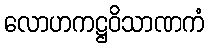
လောဟကဋ္ဌဝိသာဏကံ